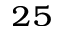
^ { 2 5 }